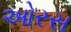
ઓરસ